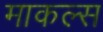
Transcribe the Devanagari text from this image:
माकल्स